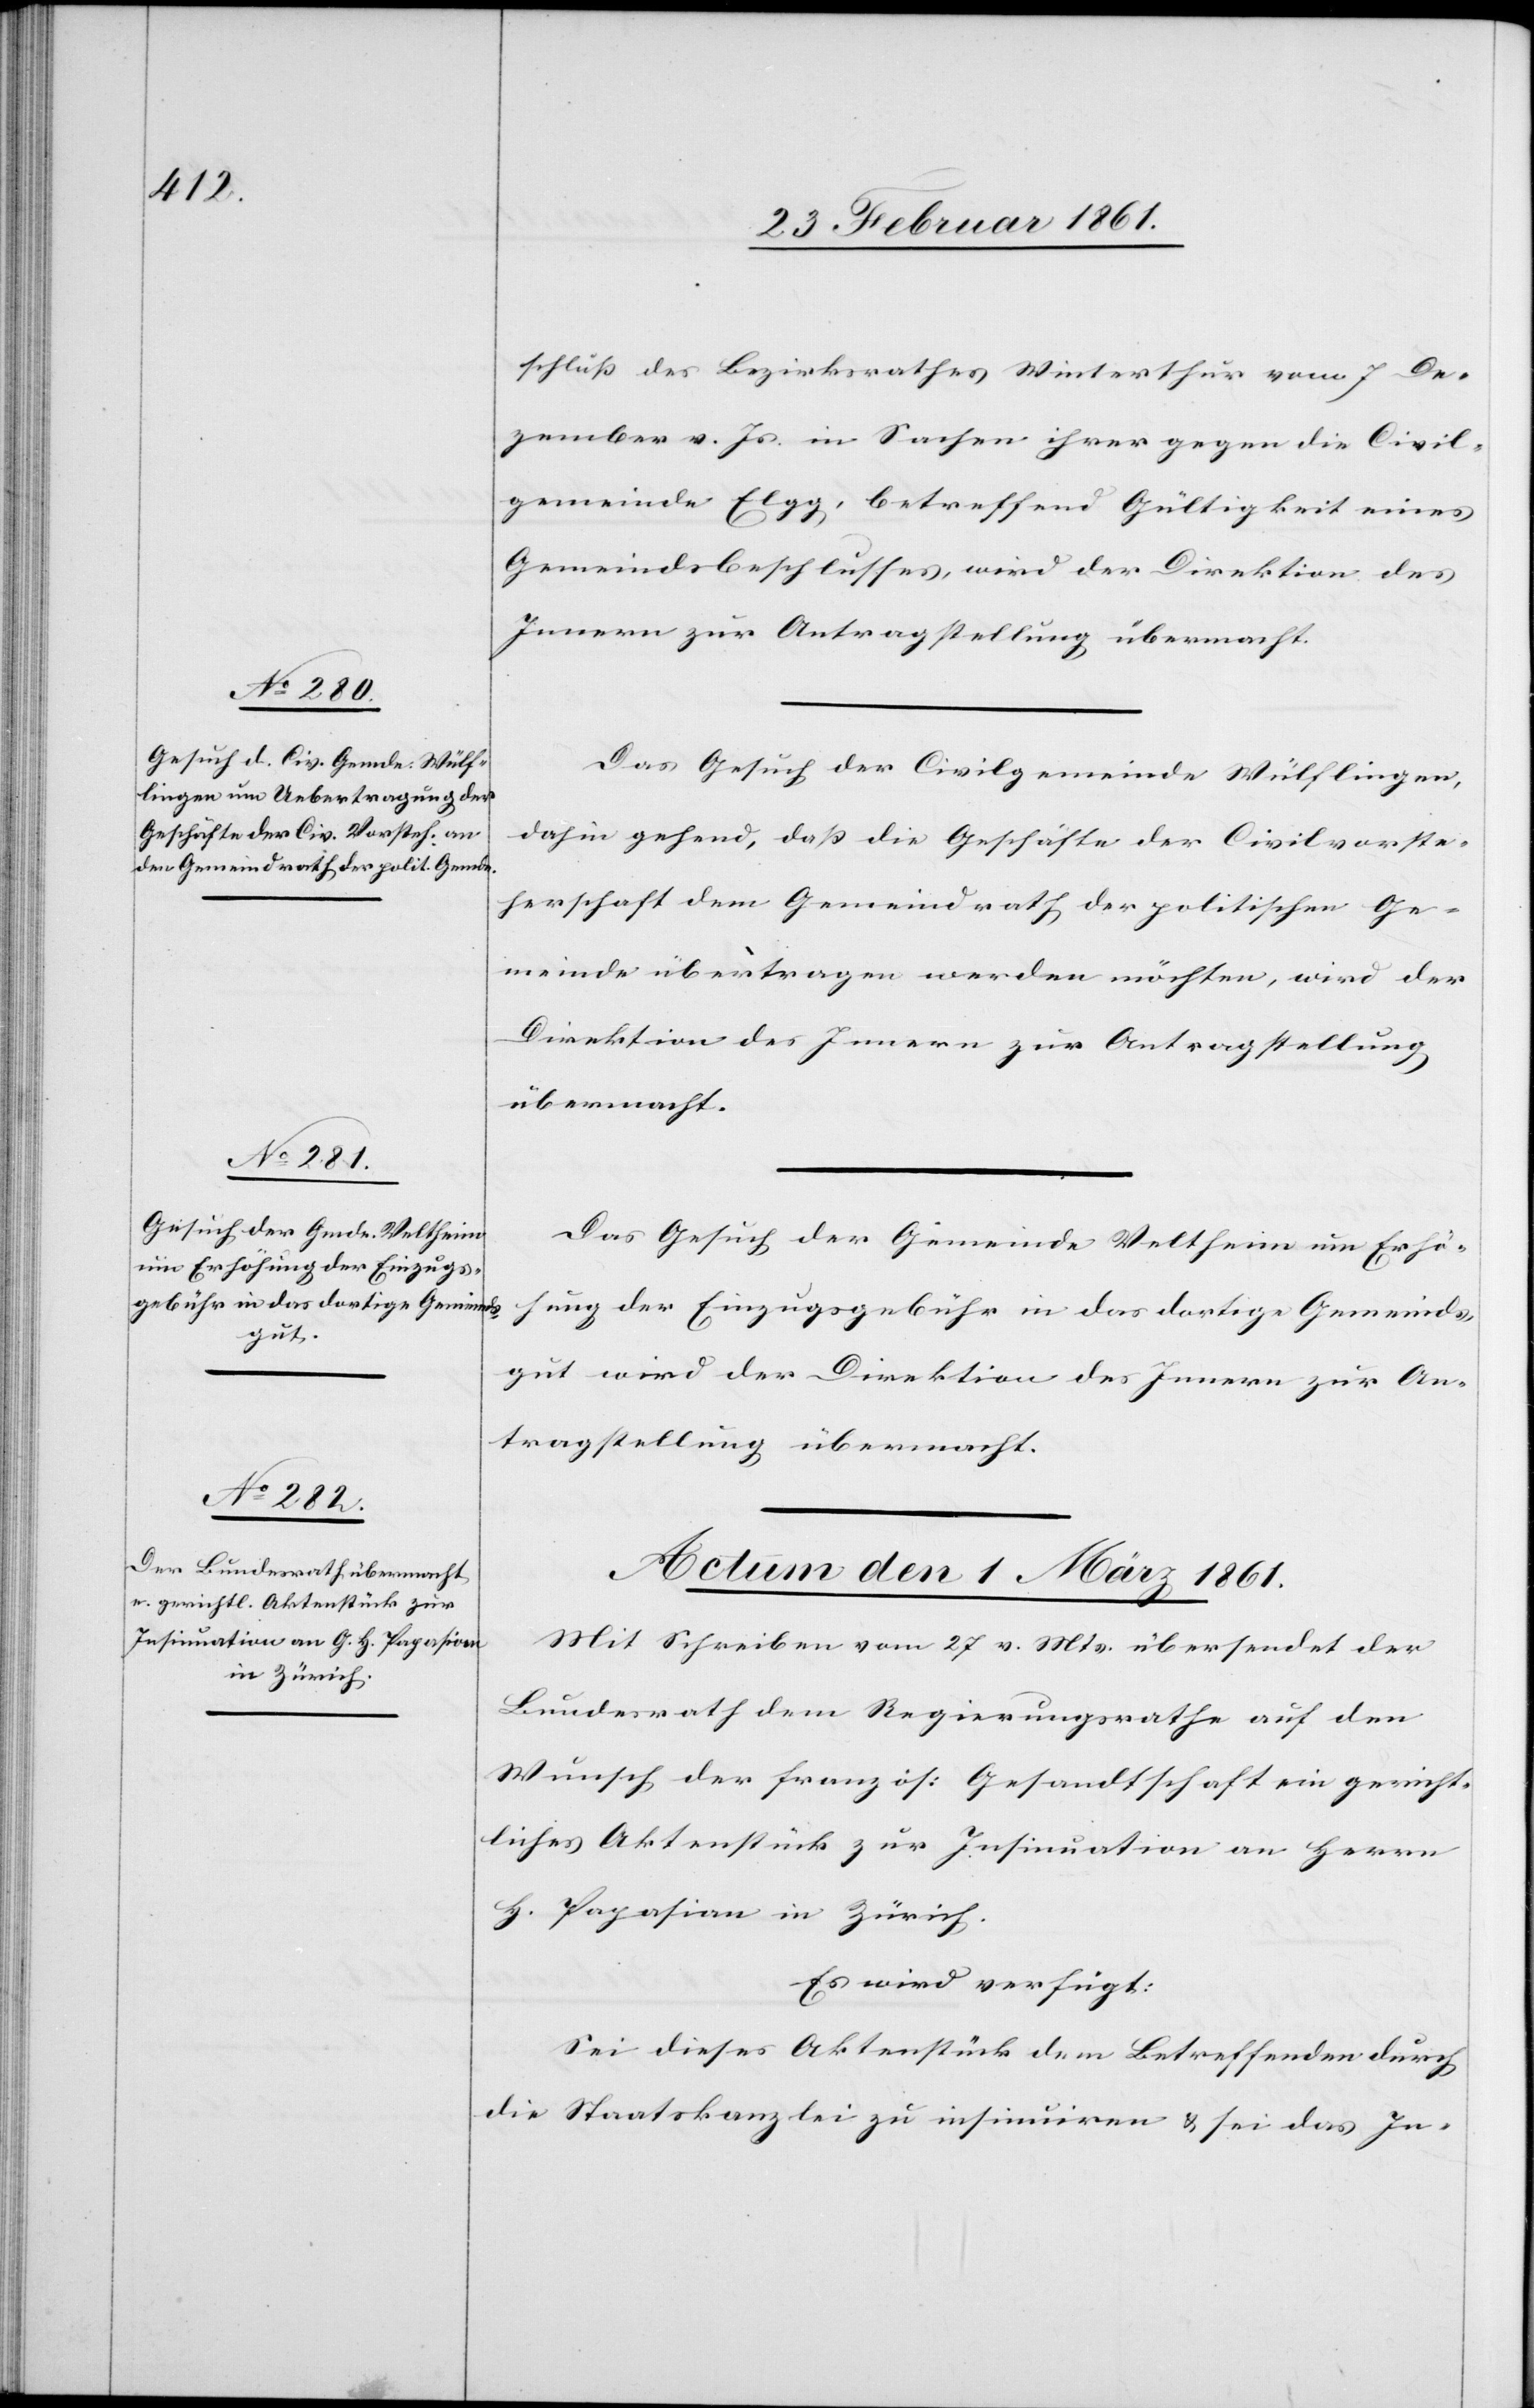
28. Februar 1861.]
schluss des Bezirksrathes Winterthur vom 7. De¬
zember v. Js. in Sachen ihrer gegen die Civil¬
gemeinde Elgg, betreffend Gültigkeit eines
Gemeindsbeschlusses, wird der Direktion des
Innern zur Antragstellung übermacht.
Das Gesuch der Civilgemeinde Wülflingen,
dahin gehend, dass die Geschäfte der Civilvorste¬
herschaft dem Gemeindrath der politischen Ge¬
meinde übertragen werden möchten, wird der
Direktion des Innern zur Antragstellung
übermacht.
Das Gesuch der Gemeinde Veltheim um Erhö¬
hung der Einzugsgebühr in das dortige Gemeinds¬
gut wird der Direktion des Innern zur An¬
tragstellung übermacht.
Actum den 1. März 1861.
Mit Schreiben vom 27. v. Mts. übersendet der
Bundesrath dem Regierungsrathe auf den
Wunsch der französ. Gesandtschaft ein gericht¬
liches Aktenstück zur Insinuation an Herrn
H. Pagasian in Zürich.
Es wird verfügt:
Sei dieses Aktenstück dem Betreffenden durch
die Staatskanzlei zu insinuiren u. sei das In-